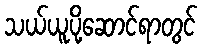
သယ်ယူပို့ဆောင်ရာတွင်